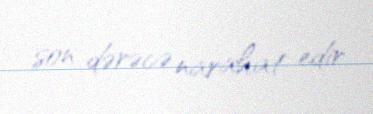
son dərəcə narahat edir.